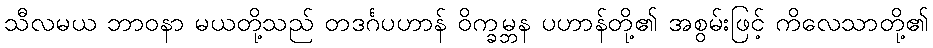
သီလမယ ဘာဝနာ မယတို့သည် တဒင်္ဂပဟာန် ဝိက္ခမ္ဘန ပဟာန်တို့၏ အစွမ်းဖြင့် ကိလေသာတို့၏